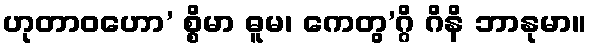
ဟုတာဝဟော’ စ္စိမာ ဓူမ၊ ကေတွ’ဂ္ဂိ ဂိနိ ဘာနုမာ။